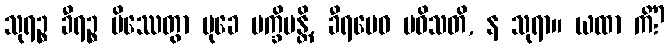
သုရဉ္စ ခီရဉ္စ မိဿေတွာ မုခေ ပက္ခိပန္တိ, ခီရမေဝ ပဝိသတိ, န သုရာ။ ယထာ ကိံ?